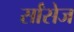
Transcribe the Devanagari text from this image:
र्सांसेज